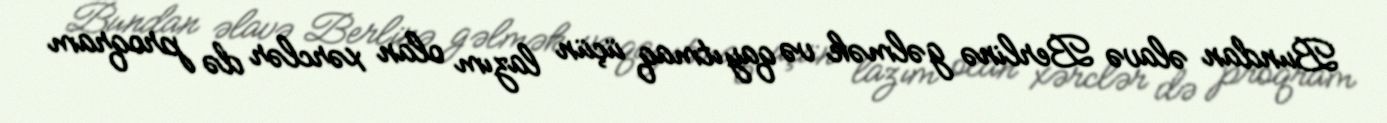
Bundan əlavə Berlinə gəlmək və qayıtmaq üçün lazım olan xərclər də proqram